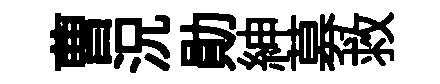
曹況勛紳募救